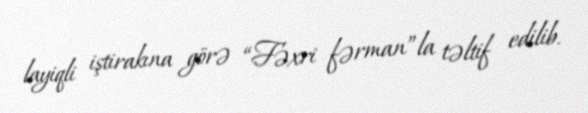
layiqli iştirakına görə “Fəxri fərman”la təltif edilib.